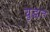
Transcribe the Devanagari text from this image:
युद्घात